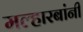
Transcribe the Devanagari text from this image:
मल्हारबांनी